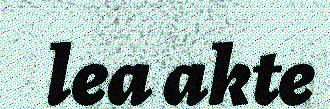
lea akte